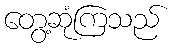
တွေ့ဆုံကြသည်